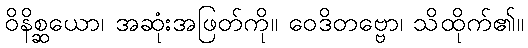
ဝိနိစ္ဆယော၊ အဆုံးအဖြတ်ကို။ ဝေဒိတဗ္ဗော၊ သိထိုက်၏။